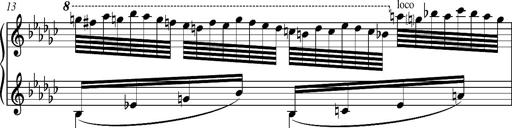
Title: Glasgow fragment, S.701f
Composer: Franz Liszt
Key: E-flat minor